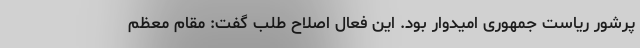
پرشور ریاست جمهوری امیدوار بود. این فعال اصلاح طلب گفت: مقام معظم